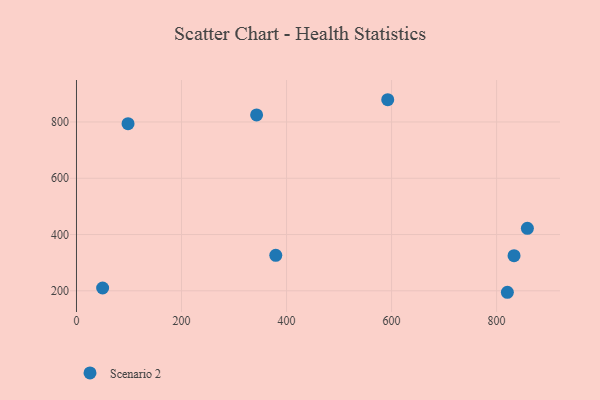
{"axis": {"x": "Study Hours", "y": "Yield"}, "legend": ["Scenario 2"], "data": [{"x": "858.6", "y": 422.1, "type": "Scenario 2"}, {"x": "820.5", "y": 194.8, "type": "Scenario 2"}, {"x": "379.5", "y": 326.0, "type": "Scenario 2"}, {"x": "49.8", "y": 210.0, "type": "Scenario 2"}, {"x": "343.0", "y": 825.0, "type": "Scenario 2"}, {"x": "592.7", "y": 879.0, "type": "Scenario 2"}, {"x": "98.2", "y": 793.8, "type": "Scenario 2"}, {"x": "833.2", "y": 324.7, "type": "Scenario 2"}]}